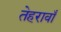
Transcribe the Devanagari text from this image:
तेहरावाँ